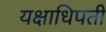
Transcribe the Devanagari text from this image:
यक्षाधिपती